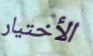
الأختيار